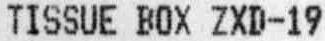
TISSUE BOX ZXD-19